Document type: Sale
Year: 1499
Scribe: Joan Martínez de Sòria
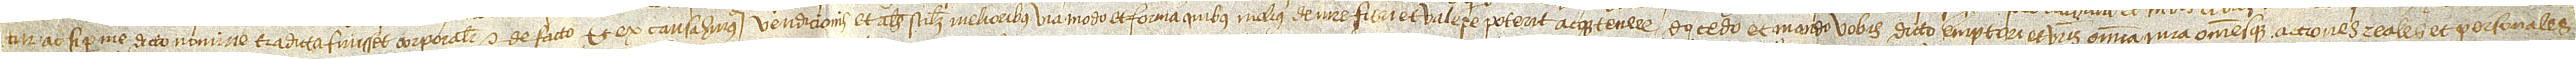
tur ac si per me dicto nomine traditta fuisset corporaliter et de facto. Et ex causa huiusmodi vendicionis et alias scilicet melioribus via, modo et forma quibus melius de iure fieri et valere poterit atque tenere do, cedo et mando vobis dicto emptori et vestris omnia iura omnesque actiones, reales et personales,